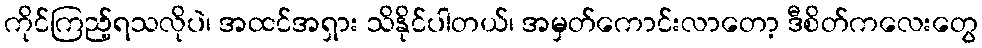
ကိုင်ကြည့်ရသလိုပဲ၊ အထင်အရှား သိနိုင်ပါတယ်၊ အမှတ်ကောင်းလာတော့ ဒီစိတ်ကလေးတွေ